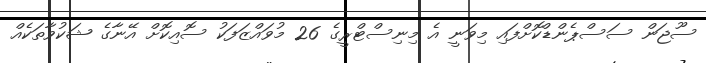
ސޫޖަން ސަސްޕެންޑްކޮށްފައި މިވަނީ އެ މިނިސްޓްރީގެ 26 މުވައްޒަފަކު ސޮއިކޮށް އޭނާގެ ޝަކުވާތަކެއް